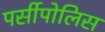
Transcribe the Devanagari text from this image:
पर्सीपोलिस